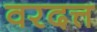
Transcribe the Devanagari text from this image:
वरदत्त